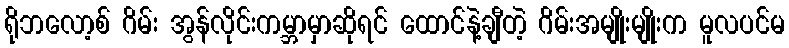
ရိုဘလော့စ် ဂိမ်း အွန်လိုင်းကမ္ဘာမှာဆိုရင် ထောင်နဲ့ချီတဲ့ ဂိမ်းအမျိုးမျိုးက မူလပင်မ